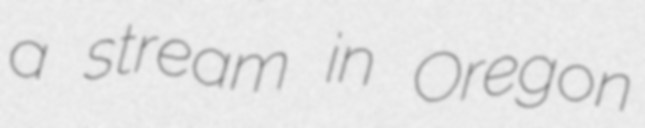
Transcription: a stream in Oregon